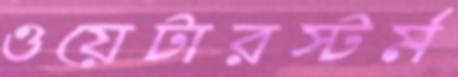
ওয়েটারস্টর্ম